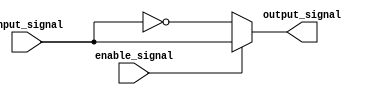
module active_low_buffer (
    input wire input_signal,
    input wire enable_signal,
    output reg output_signal
);

always @* begin
    if(enable_signal == 1'b0) // active-low enable signal
        output_signal = ~input_signal;
    else
        output_signal = input_signal;
end

endmodule